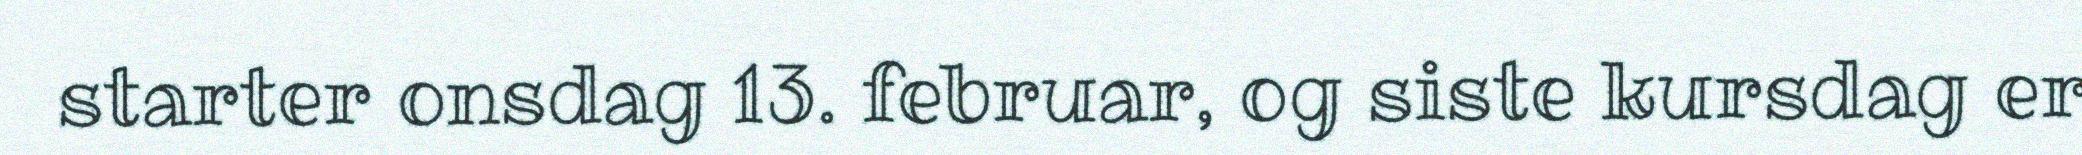
starter onsdag 13. februar, og siste kursdag er